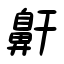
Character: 鼾